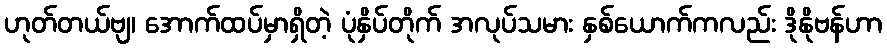
ဟုတ်တယ်ဗျ၊ အောက်ထပ်မှာရှိတဲ့ ပုံနှိပ်တိုက် အလုပ်သမား နှစ်ယောက်ကလည်း ဒိုနိုဗန်ဟာ